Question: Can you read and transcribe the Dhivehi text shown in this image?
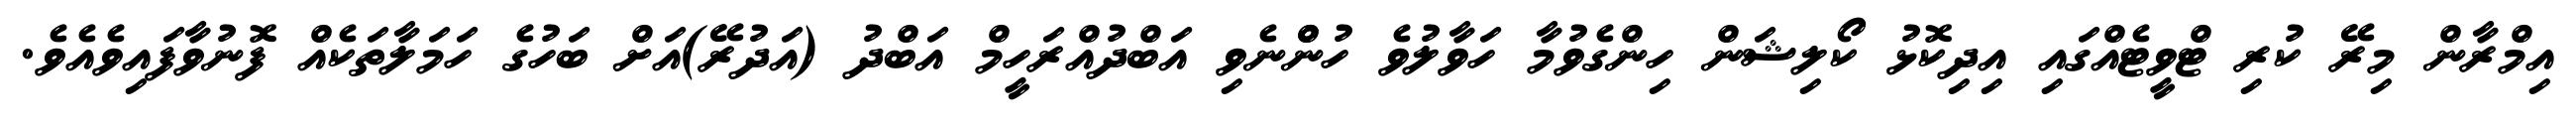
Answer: އިމްރާން މިރޭ ކުރި ޓްވީޓެއްގައި އިދިކޮޅު ކޯލިޝަން ހިންގެވުމާ ހަވާލުވެ ހުންްނެވި އަބްދުއްރަހީމް އަބްދު (އަދުރޭ)އަށް ބަހުގެ ހަމަލާތަކެއް ފޮނުވާފައިވެއެވެ.